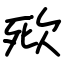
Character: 㰷